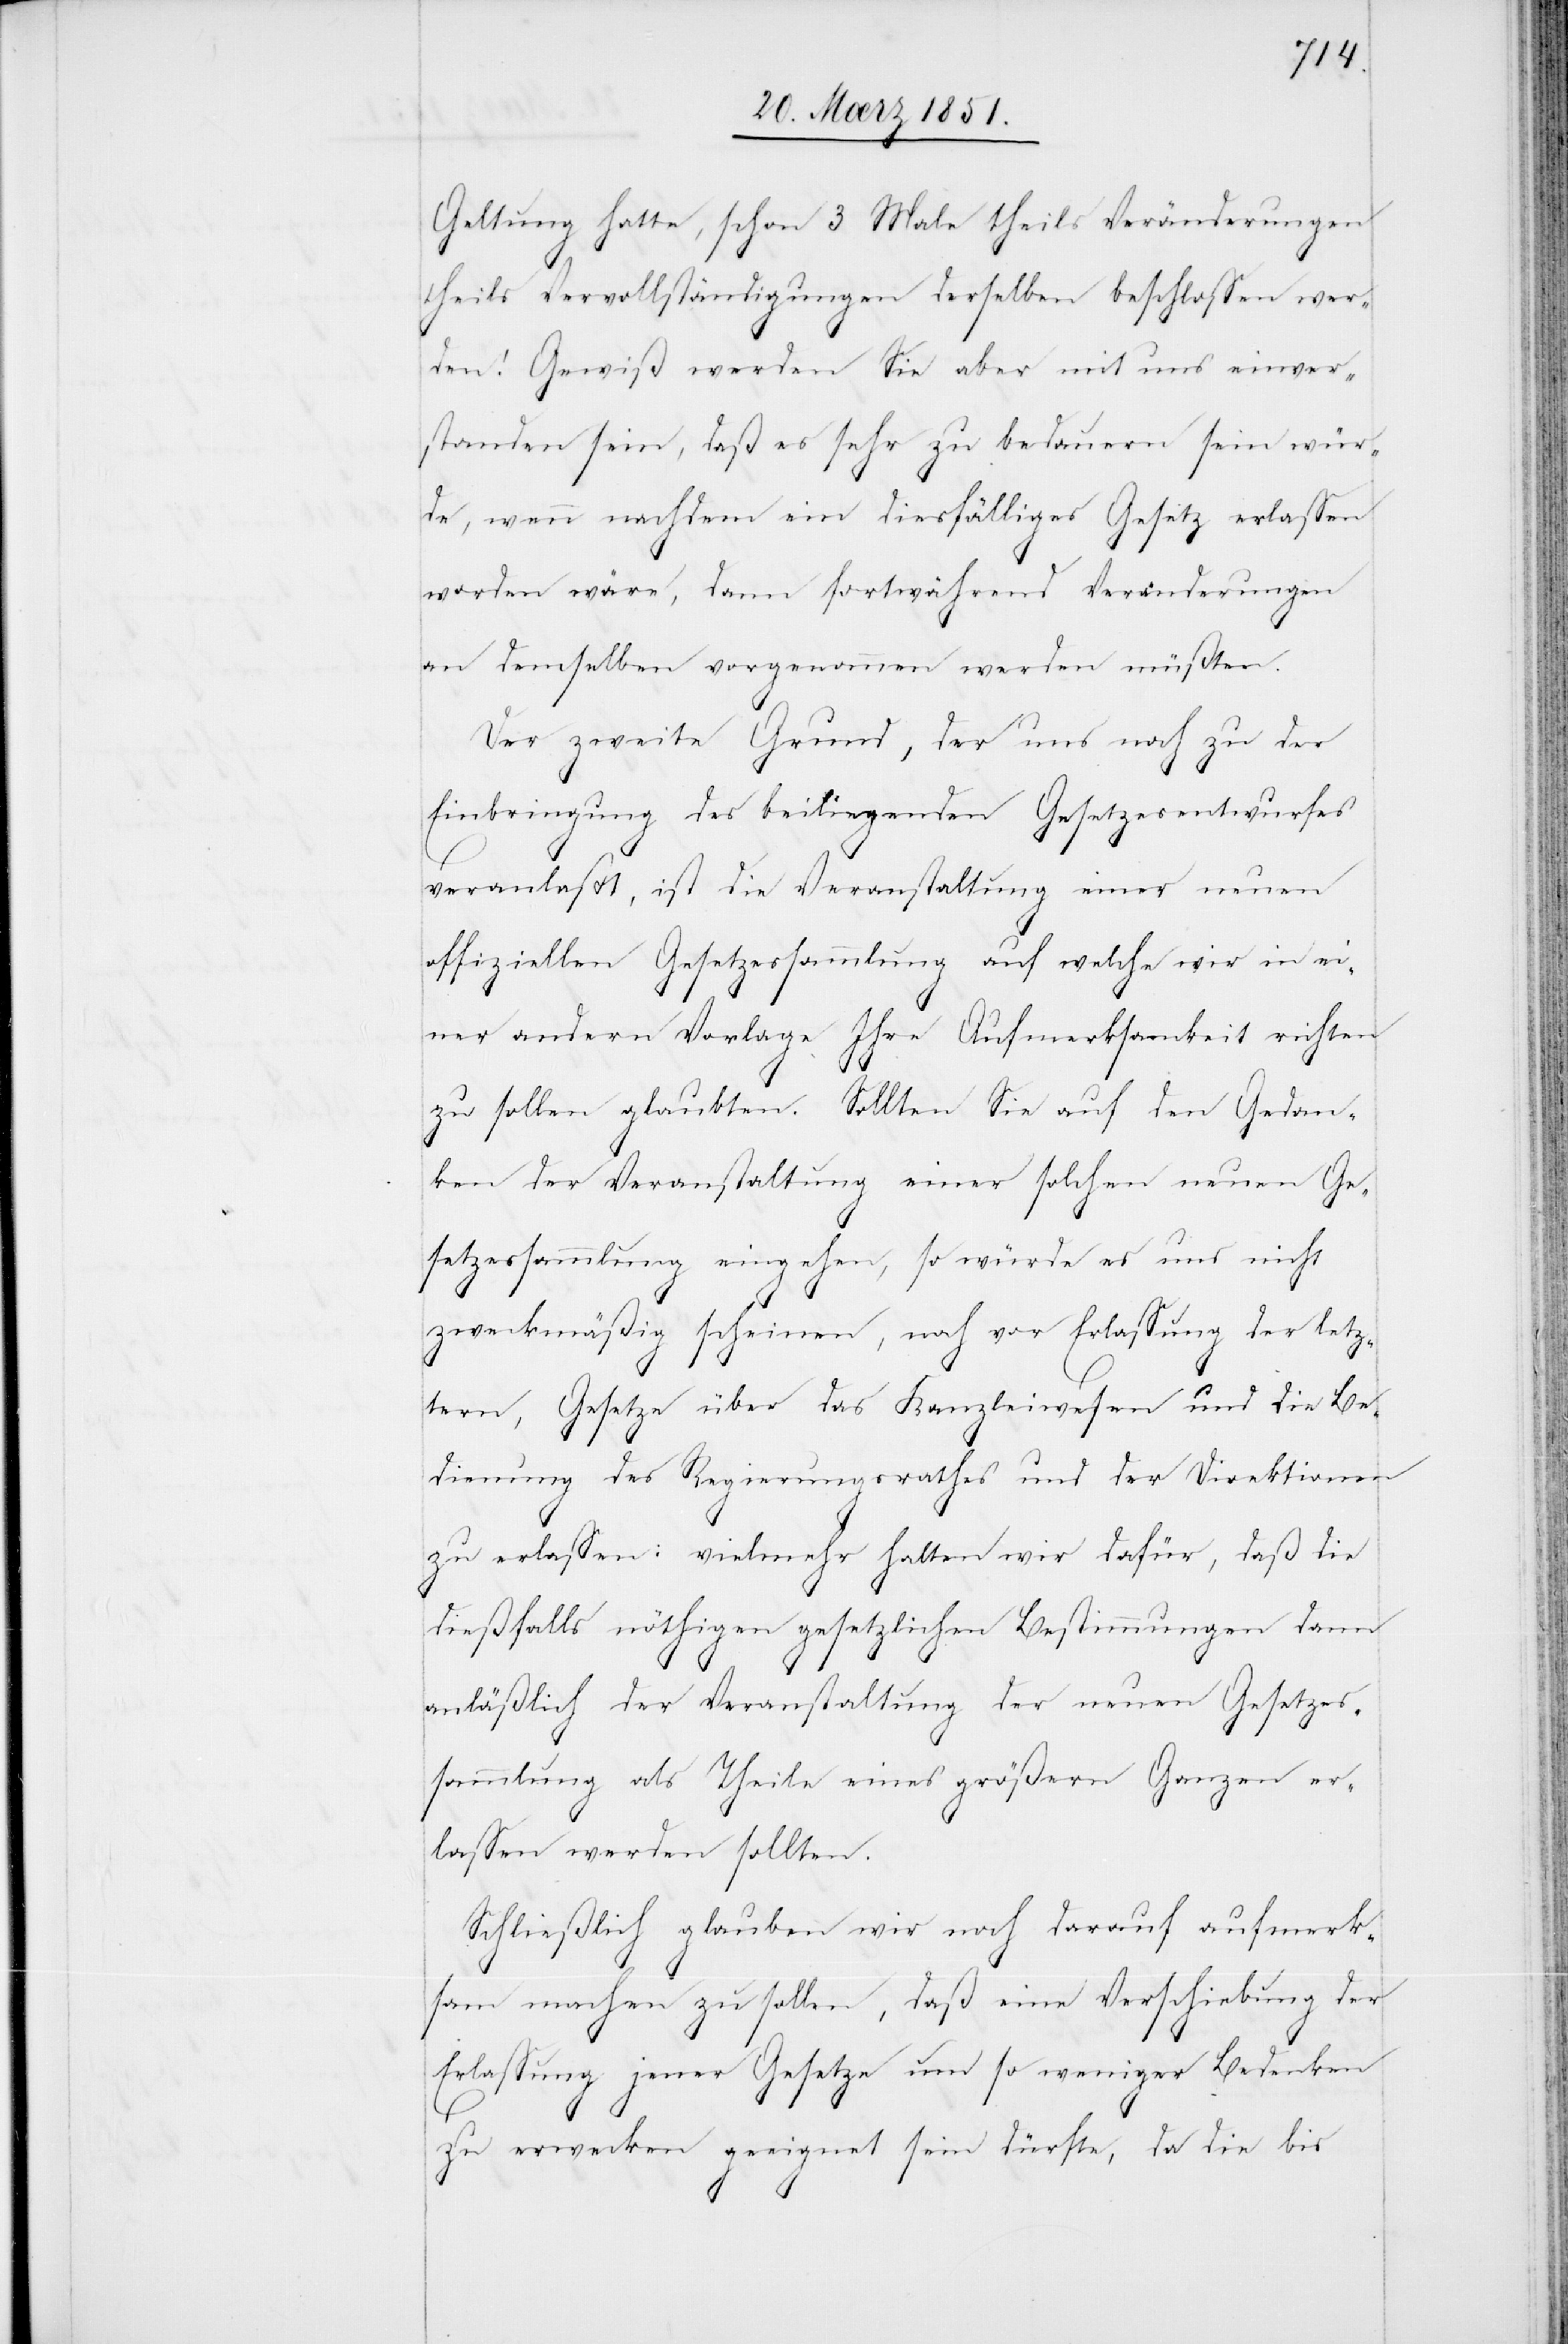
Geltung hatte, schon 3 Male theils Veränderungen
theils Vervollständigungen derselben beschlossen wer¬
den! Gewiß werden Sie aber mit uns einver¬
standen sein, daß es sehr zu bedauern sein wür¬
de, wenn nachdem ein diesfälliges Gesetz erlassen
worden wäre, dann fortwährend Veränderungen
an demselben vorgenommen werden müßten.
Der zweite Grund, der uns noch zu der
Einbringung des beiliegenden Gesetzesentwurfes
veranlaßt, ist die Veranstaltung einer neuen
offiziellen Gesetzessammlung auf welche wir in ei¬
ner andern Vorlage Ihre Aufmerksamkeit richten
zu sollen glaubten. Sollten Sie auf den Gedan¬
ken der Veranstaltung einer solchen neuen Ge¬
setzessammlung eingehen, so würde es nur nicht
zweckmäßig scheinen, noch vor Erlassung der letz¬
tern, Gesetze über das Kanzleiwesen und die Be¬
dienung des Regierungsrathes und der Direktionen
zu erlassen: vielmehr halten wir dafür, daß die
dießfalls nöthigen gesetzlichen Bestimmungen dann
anläßlich der Veranstaltung der neuen Gesetzes¬
sammlung als Theile eines größern Ganzen er¬
lassen werden sollten.
Schließlich glauben wir noch darauf aufmerk¬
sam machen zu sollen, daß eine Verschiebung der
Erlassung jener Gesetze um so weniger Bedenken
zu erwecken geeignet sein dürfte, da die bis